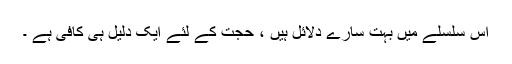
اس سلسلے میں بہت سارے دلائل ہیں ، حجت کے لئے ایک دلیل ہی کافی ہے ۔